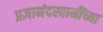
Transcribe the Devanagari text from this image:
प्रज्ञानंदस्वामींच्या